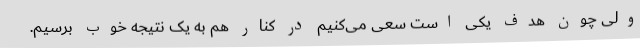
ولی چون هدف یکی است سعی می‌کنیم در کنار هم به یک نتیجه خوب برسیم.